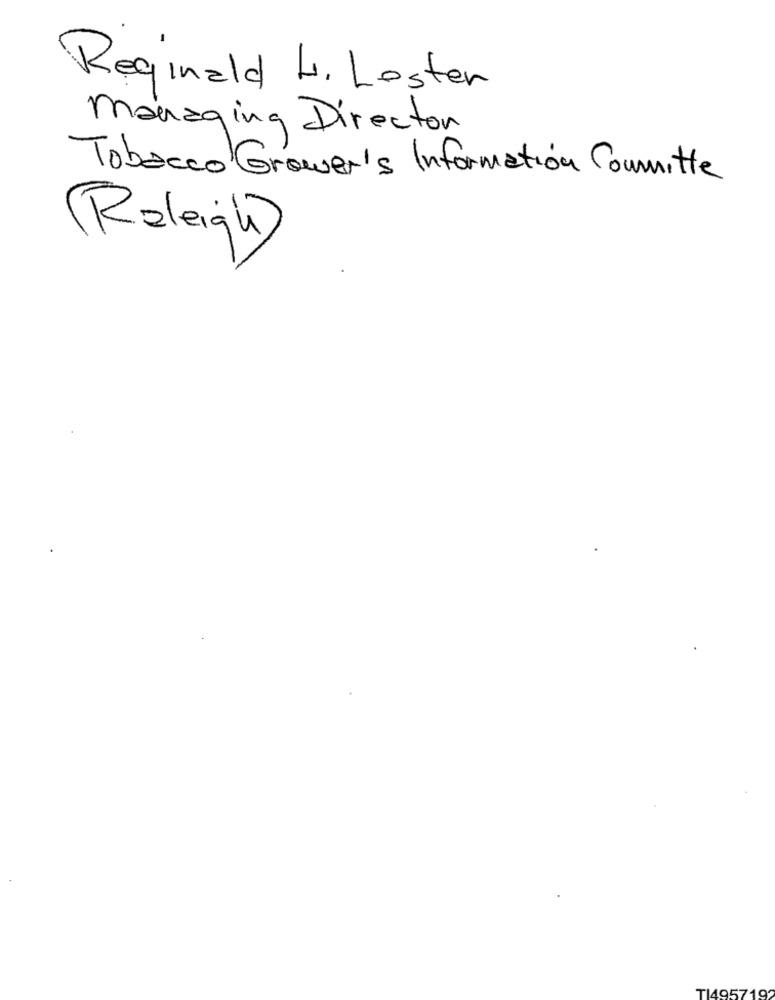
Reginald L. Lester
Managing Director
Tobacco Grower's Information Committe
Raleigh)
TI495719